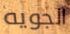
الجويه